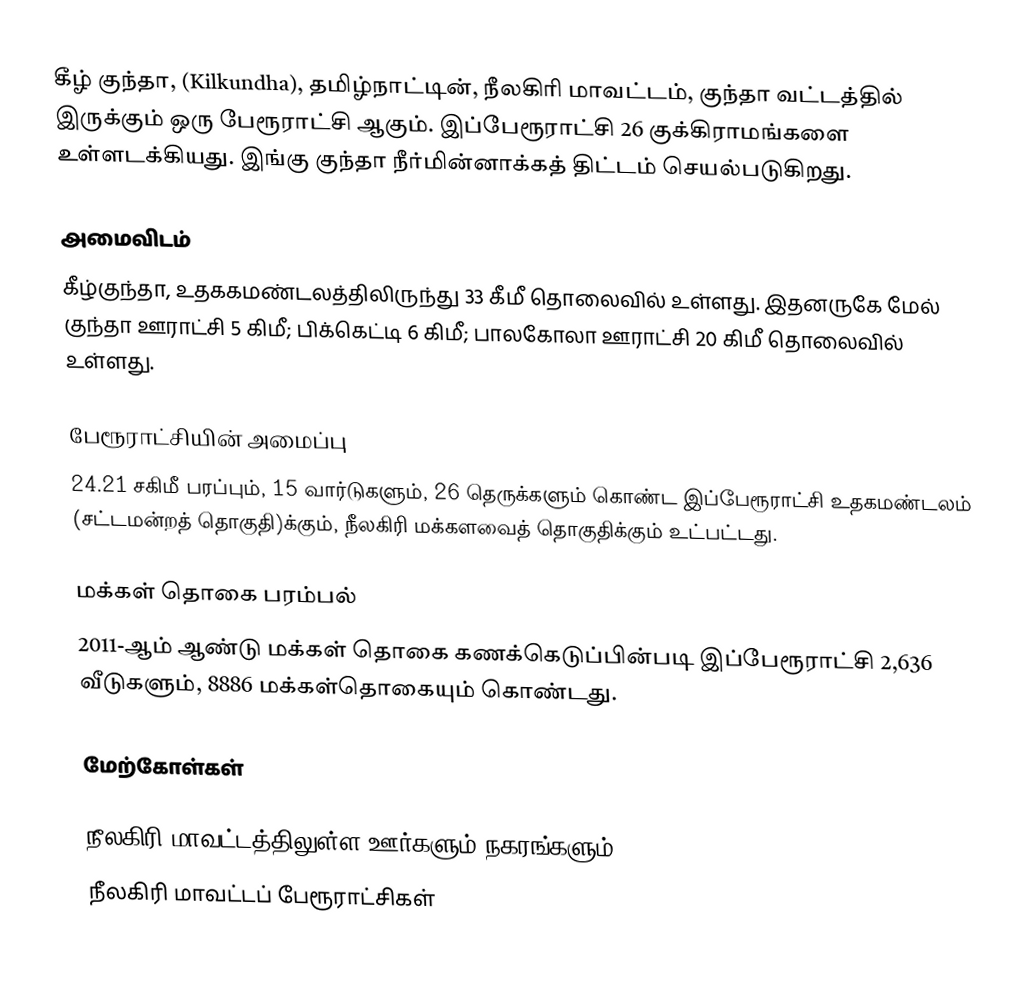
கீழ் குந்தா, (Kilkundha), தமிழ்நாட்டின், நீலகிரி மாவட்டம், குந்தா வட்டத்தில் இருக்கும் ஒரு பேரூராட்சி ஆகும். இப்பேரூராட்சி  26 குக்கிராமங்களை உள்ளடக்கியது. இங்கு குந்தா நீர்மின்னாக்கத் திட்டம்  செயல்படுகிறது.

அமைவிடம்
கீழ்குந்தா, உதககமண்டலத்திலிருந்து 33 கீமீ தொலைவில் உள்ளது. இதனருகே மேல் குந்தா ஊராட்சி  5 கிமீ; பிக்கெட்டி  6 கிமீ; பாலகோலா ஊராட்சி  20 கிமீ தொலைவில் உள்ளது.

பேரூராட்சியின் அமைப்பு
24.21 சகிமீ பரப்பும், 15 வார்டுகளும், 26 தெருக்களும்  கொண்ட இப்பேரூராட்சி  உதகமண்டலம் (சட்டமன்றத் தொகுதி)க்கும், நீலகிரி மக்களவைத் தொகுதிக்கும் உட்பட்டது.

மக்கள் தொகை பரம்பல்
2011-ஆம் ஆண்டு மக்கள் தொகை கணக்கெடுப்பின்படி  இப்பேரூராட்சி 2,636  வீடுகளும்,  8886 மக்கள்தொகையும் கொண்டது.

மேற்கோள்கள்

நீலகிரி மாவட்டத்திலுள்ள ஊர்களும் நகரங்களும்
நீலகிரி மாவட்டப் பேரூராட்சிகள்